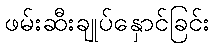
ဖမ်းဆီးချုပ်နှောင်ခြင်း